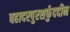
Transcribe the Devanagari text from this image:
बहादरपुरशर्फुददीन